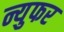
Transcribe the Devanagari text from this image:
न्युफर